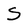
Character: S